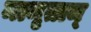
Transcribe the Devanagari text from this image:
मामृताम्‌